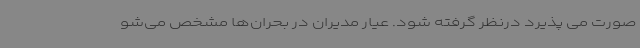
صورت می پذیرد درنظر گرفته شود. عیار مدیران در بحران‌ها مشخص می‌شو